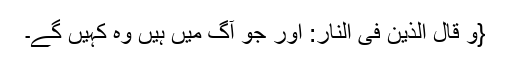
{وَ قَالَ الَّذِیْنَ فِی النَّارِ: اور جو آگ میں ہیں وہ کہیں گے۔